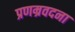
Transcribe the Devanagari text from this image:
प्रणम्रवदना